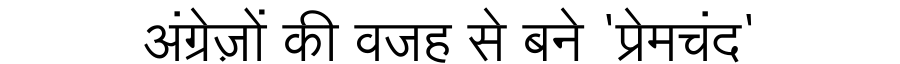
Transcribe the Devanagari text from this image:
अंग्रेज़ों की वजह से बने 'प्रेमचंद'